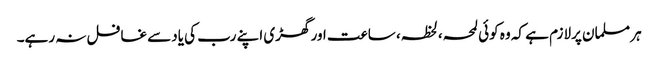
ہر مسلمان پرلازم ہے کہ وہ کوئی لمحہ،لحظہ، ساعت اور گھڑی اپنے رب کی یادسے غافل نہ رہے۔